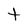
Character: t